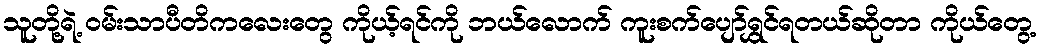
သူတို့ရဲ့ ဝမ်းသာပီတိကလေးတွေ ကိုယ့်ရင်ကို ဘယ်လောက် ကူးစက်ပျော်ရွှင်ရတယ်ဆိုတာ ကိုယ်တွေ့